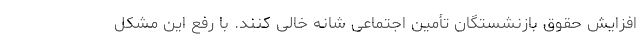
افزایش حقوق بازنشستگان تأمین اجتماعی شانه خالی کنند. با رفع این مشکل